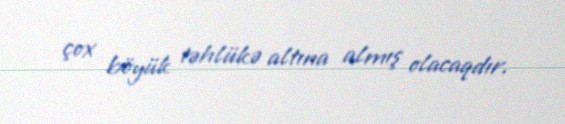
çox böyük təhlükə altına almış olacaqdır.